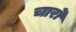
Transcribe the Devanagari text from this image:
चार्रो